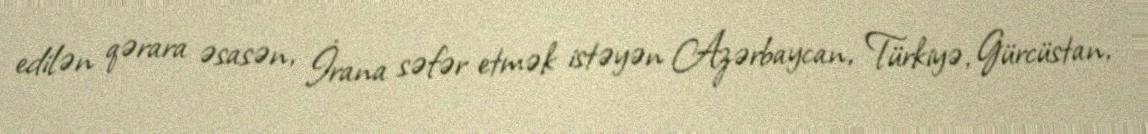
edilən qərara əsasən, İrana səfər etmək istəyən Azərbaycan, Türkiyə, Gürcüstan,